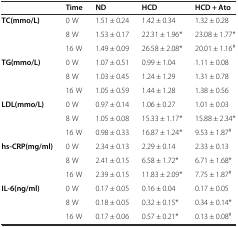
|  | Time | ND | HCD | HCD + Ato |
 | --- | --- | --- | --- | --- |
 | TC(mmo/L) | 0 W | 1.51 ± 0.24 | 1.42 ± 0.34 | 1.32 ± 0.28 |
 |  | 8 W | 1.53 ± 0.17 | 22.31 ± 1.96* | 23.08 ± 1.77* |
 |  | 16 W | 1.49 ± 0.09 | 26.58 ± 2.08* | 20.01 ± 1.16# |
 | TG(mmo/L) | 0 W | 1.07 ± 0.51 | 0.99 ± 1.04 | 1.11 ± 0.08 |
 |  | 8 W | 1.03 ± 0.45 | 1.24 ± 1.29 | 1.31 ± 0.78 |
 |  | 16 W | 1.05 ± 0.59 | 1.44 ± 1.28 | 1.38 ± 0.56 |
 | LDL(mmo/L) | 0 W | 0.97 ± 0.14 | 1.06 ± 0.27 | 1.01 ± 0.03 |
 |  | 8 W | 1.05 ± 0.08 | 15.33 ± 1.17* | 15.88 ± 2.34* |
 |  | 16 W | 0.98 ± 0.33 | 16.87 ± 1.24* | 9.53 ± 1.87# |
 | hs-CRP(mg/ml) | 0 W | 2.34 ± 0.13 | 2.29 ± 0.14 | 2.33 ± 0.13 |
 |  | 8 W | 2.41 ± 0.15 | 6.58 ± 1.72* | 6.71 ± 1.68* |
 |  | 16 W | 2.39 ± 0.15 | 11.83 ± 2.09* | 7.75 ± 1.87# |
 | IL-6(ng/ml) | 0 W | 0.17 ± 0.05 | 0.16 ± 0.04 | 0.17 ± 0.05 |
 |  | 8 W | 0.18 ± 0.05 | 0.32 ± 0.15* | 0.34 ± 0.14* |
 |  | 16 W | 0.17 ± 0.06 | 0.57 ± 0.21* | 0.13 ± 0.08# |